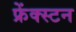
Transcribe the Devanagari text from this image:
फ्रेंक्स्टन